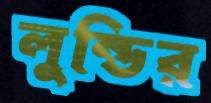
লুন্ডির